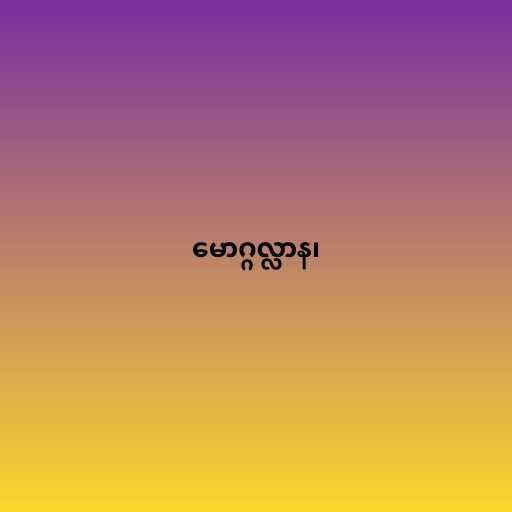
မောဂ္ဂလ္လာန၊